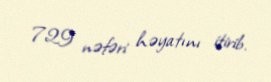
729 nəfəri həyatını itirib.